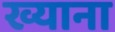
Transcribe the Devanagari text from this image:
ख्याना